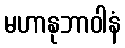
မဟာနုဘာဝါနံ